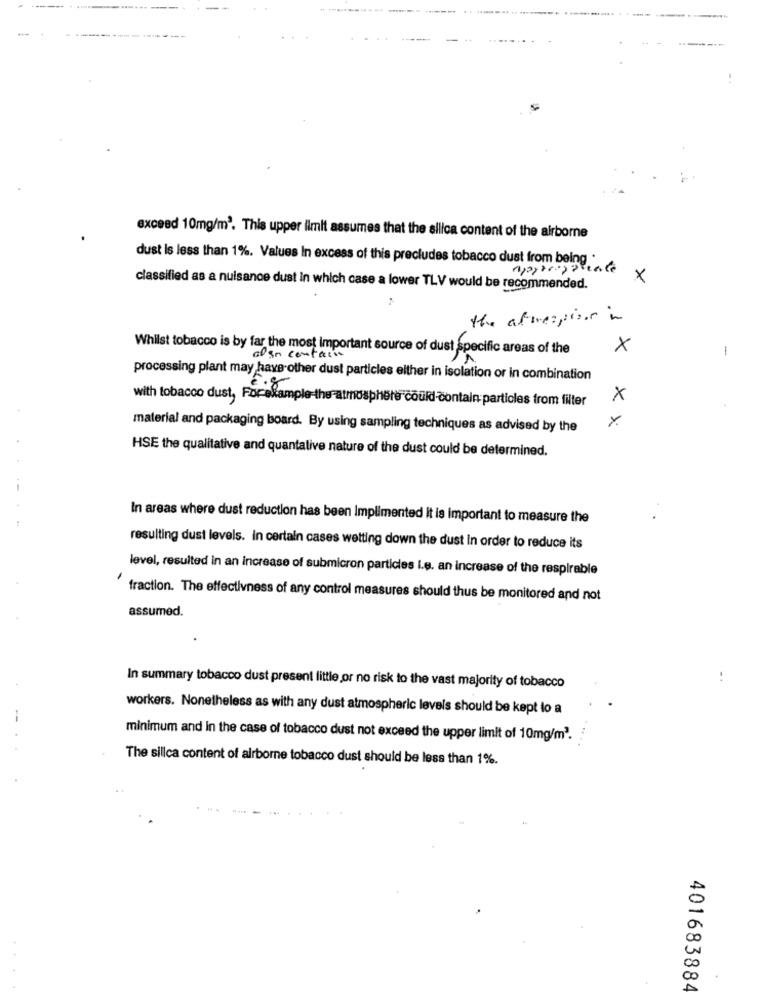
exceed 10mg/m'. This upper limit assumes that the silica content of the airborne
dust is less than 1%. Values In excess of this precludes tobacco dust from being .
appparapatente
×
classified as a nuisance dust In which case a lower TLV would be recommended.
the afinespisos in
Whilst tobacco is by far the most Important source of dust Specific areas of the
x
-
also contain
processing plant may have other dust particles either in isolation or in combination
with tobacco dust, Forexample-the atmosphere could contain particles from filter
xx
material and packaging board. By using sampling techniques as advised by the
HSE the qualitative and quantative nature of the dust could be determined.
In areas where dust reduction has been Implimented it is important to measure the
resulting dust levels. in certain cases wetting down the dust In order to reduce its
level, resulted in an increase of submicron particles i.e. an increase of the respirable
fraction. The effectivness of any control measures should thus be monitored and not
assumed.
..
In summary tobacco dust present little or no risk to the vast majority of tobacco
workers. Nonetheless as with any dust atmospheric levels should be kept to a
--
minimum and in the case of tobacco dust not exceed the upper limit of 10mg/m3.
The silica content of airborne tobacco dust should be less than 1%.
401683884